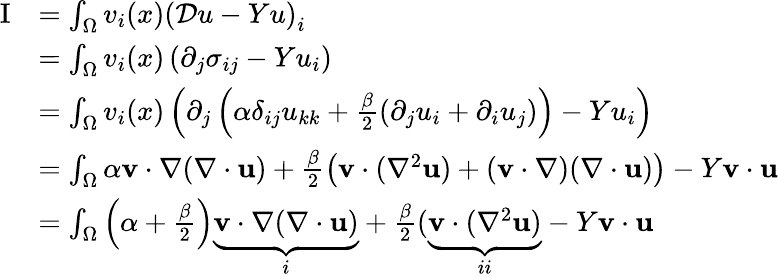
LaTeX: \begin{array}{rl}{\mathrm{I}}&{=\int_{\Omega}v_{i}(x)\left(\mathcal{D}u-Yu\right)_{i}}\\ &{=\int_{\Omega}v_{i}(x)\left(\partial_{j}\sigma_{ij}-Yu_{i}\right)}\\ &{=\int_{\Omega}v_{i}(x)\left(\partial_{j}\left(\alpha\delta_{ij}u_{kk}+\frac{\beta}{2}(\partial_{j}u_{i}+\partial_{i}u_{j})\right)-Yu_{i}\right)}\\ &{=\int_{\Omega}\alpha\mathbf{v}\cdot\nabla(\nabla\cdot\mathbf{u})+\frac{\beta}{2}\left(\mathbf{v}\cdot(\nabla^{2}\mathbf{u})+(\mathbf{v}\cdot\nabla)(\nabla\cdot\mathbf{u})\right)-Y\mathbf{v}\cdot\mathbf{u}}\\ &{=\int_{\Omega}\left(\alpha+\frac{\beta}{2}\right)\underbrace{\mathbf{v}\cdot\nabla(\nabla\cdot\mathbf{u})}_{i}+\frac{\beta}{2}(\underbrace{\mathbf{v}\cdot(\nabla^{2}\mathbf{u})}_{ii}-Y\mathbf{v}\cdot\mathbf{u}}\end{array}